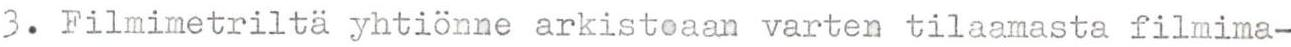
3. Filmimetriltä yhtiönne arkistoaan varten tilaamasta filmima-